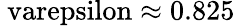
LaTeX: \mathrm{\ varepsilon\approx 0.825}